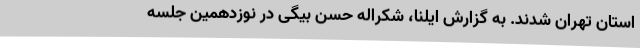
استان تهران شدند. به گزارش ایلنا، شکراله حسن بیگی در نوزدهمین جلسه